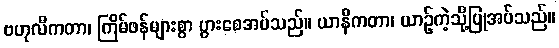
ဗဟုလီကတာ၊ ကြိမ်ဖန်များစွာ ပွားစေအပ်သည်။ ယာနီကတာ၊ ယာဉ်ကဲ့သို့ပြုအပ်သည်။